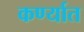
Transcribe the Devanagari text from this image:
कर्ण्यात